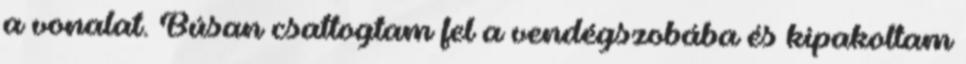
a vonalat. Búsan csattogtam fel a vendégszobába és kipakoltam